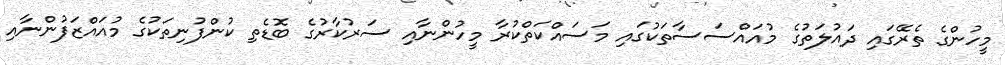
މީހުންގެ ތެރޭގައި ދައުލަތުގެ މުއައްސަސާތަކުގައި މަސައްކަތްކުރާ މީހުންނާއި ސަރުކާރުގެ ބޮޑެތި ކުންފުނިތަކުގެ މުއައްޒަފުންނާއި